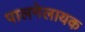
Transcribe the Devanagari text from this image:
पालनेलायक